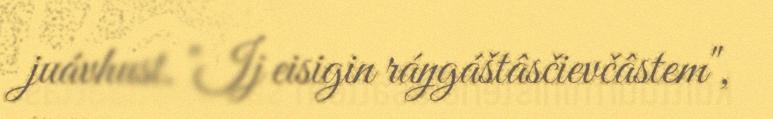
juávhust. "Ij eisigin ráŋgáštâsčievčâstem",